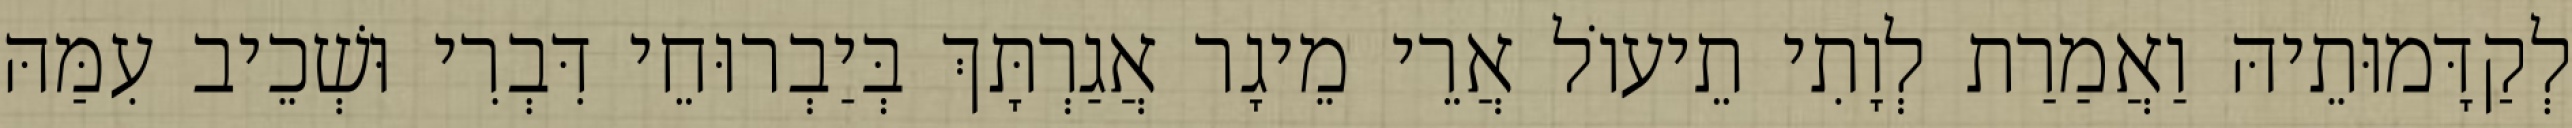
לְקַדָּמוּתֵיהּ וַאֲמַרַת לְוָתִי תֵיעוֹל אֲרֵי מֵיגָר אֲגַרְתָּךְ בְּיַבְרוּחֵי דִּבְרִי וּשְׁכֵיב עִמַּהּ